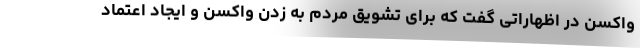
واکسن در اظهاراتی گفت که برای تشویق مردم به زدن واکسن و ایجاد اعتماد